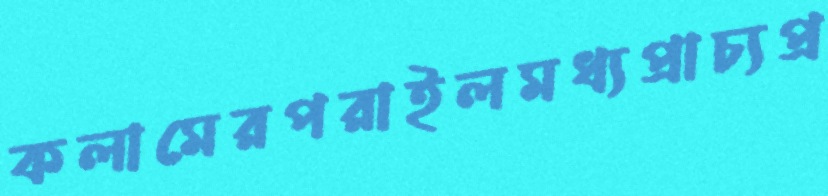
কলামেরপরাইলমধ্যপ্রাচ্যপ্র